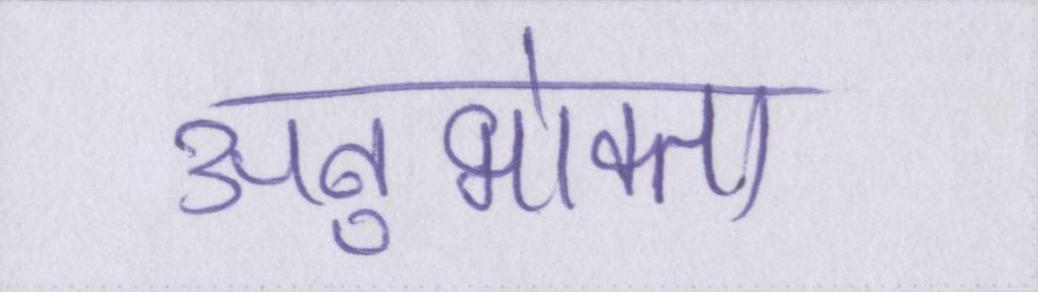
अनुभोक्ता